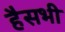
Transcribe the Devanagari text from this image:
हैसभी